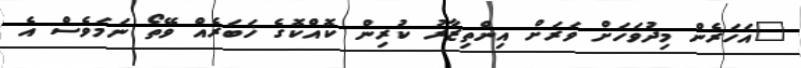
"އަހަރެން މިދުވަހަށް ވަރަށް އިންތިޒާރު ކުރިން ކޮއްކޮގެ ޚަބަރެއް ވޭތޯ ނަމަވެސް އެ